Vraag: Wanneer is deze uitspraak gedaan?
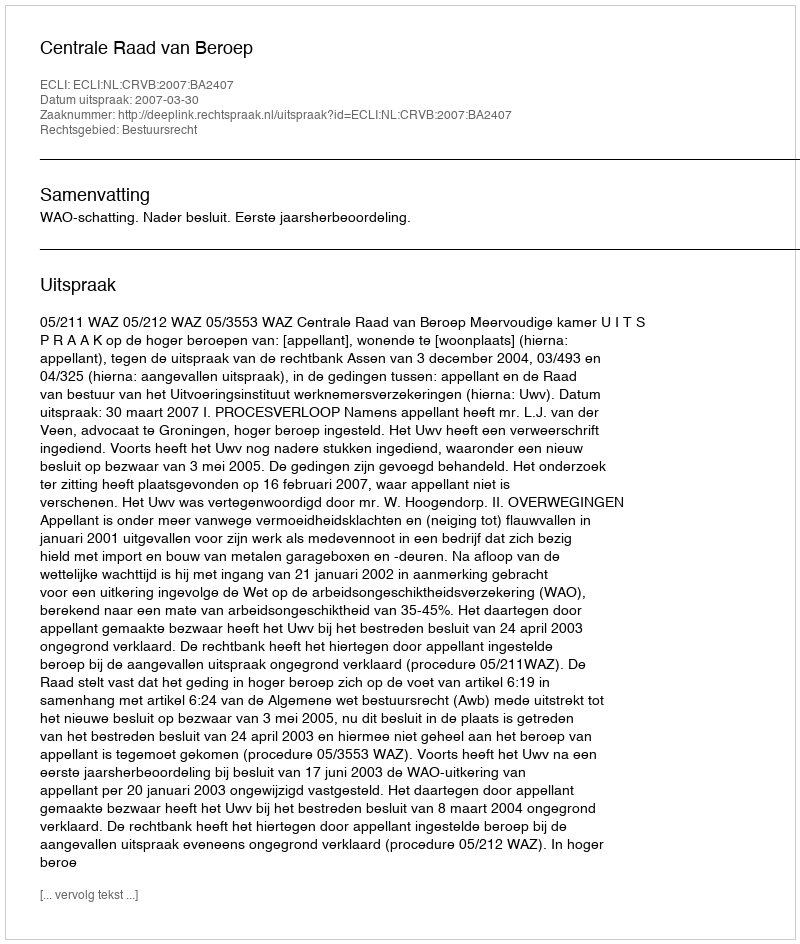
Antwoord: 2007-03-30